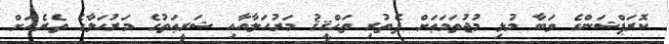
ކޮރަޕްޝަންގެ ވަބާ މުޅި މުޖުތަމަޢަށް ފެތުރި ތަޙްޤީޤު މަރުޙަލާއާއި ޝަރީޢަތުގެ މަރުޙަލާގެ ތެރެއަށް